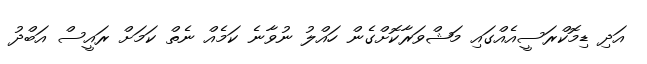
އަދި ޑިމޮކްރަސީއެއްގައި މަޝްވަރާކޮށްގެން ހައްލު ނުވާނެ ކަމެއް ނެތް ކަމަށް ރައީސް އަބްދު